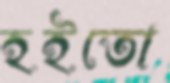
হইতো